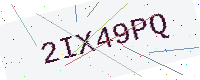
Text: 2IX49PQ